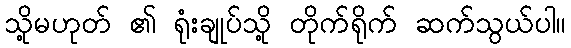
သို့မဟုတ် ၏ ရုံးချုပ်သို့ တိုက်ရိုက် ဆက်သွယ်ပါ။